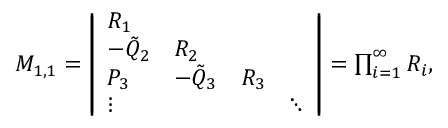
\begin{array} { r } { M _ { 1 , 1 } = \left| \begin{array} { l l l l } { R _ { 1 } } & { } & { } & { } \\ { - \Tilde { Q } _ { 2 } } & { R _ { 2 } } & { } \\ { P _ { 3 } } & { - \Tilde { Q } _ { 3 } } & { R _ { 3 } } & { } \\ { \vdots } & { } & { } & { \ddots } \end{array} \right| = \prod _ { i = 1 } ^ { \infty } R _ { i } , } \end{array}